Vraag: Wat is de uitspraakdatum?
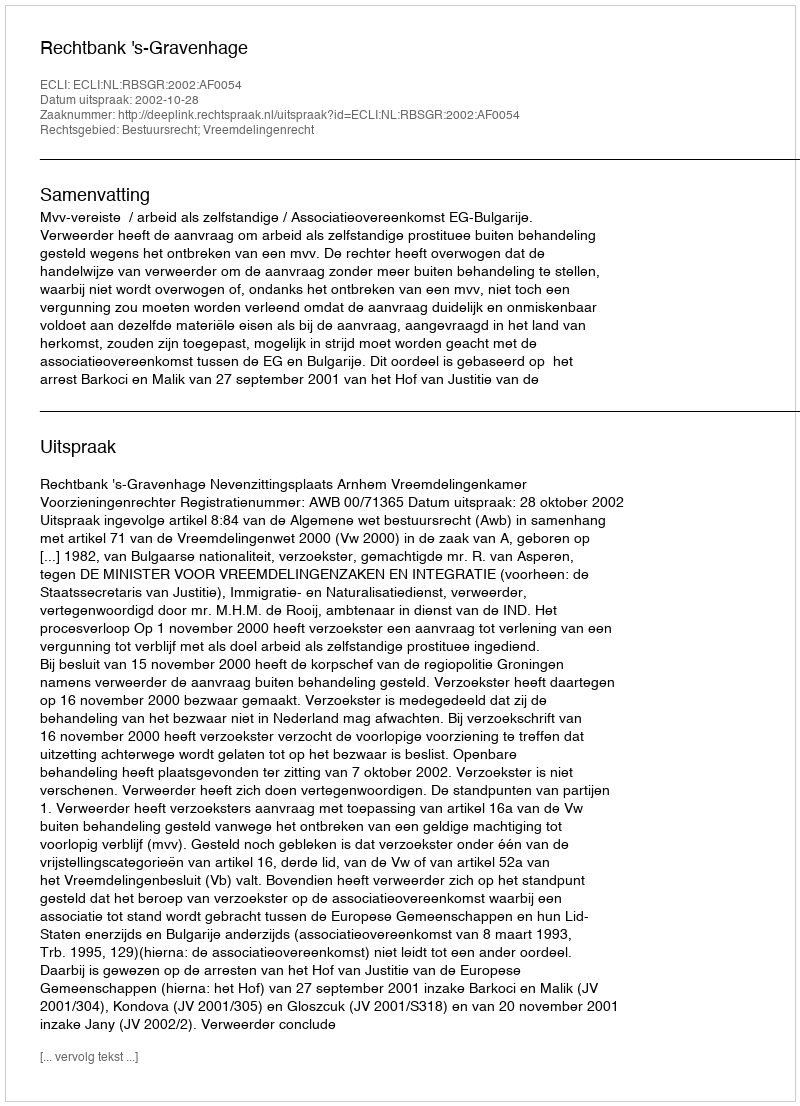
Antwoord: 2002-10-28